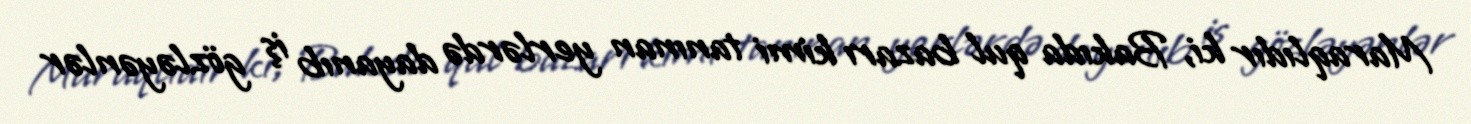
Maraqlıdır ki, Bakıda qul bazarı kimi tanınan yerlərdə dayanıb iş gözləyənlər